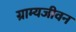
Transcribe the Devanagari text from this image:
ग्राम्यजीवन